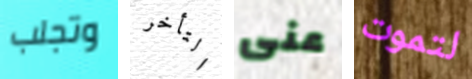
وتجلب التأخر عنى لتموت